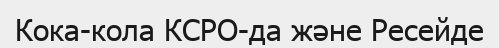
Кока-кола КСРО-да және Ресейде